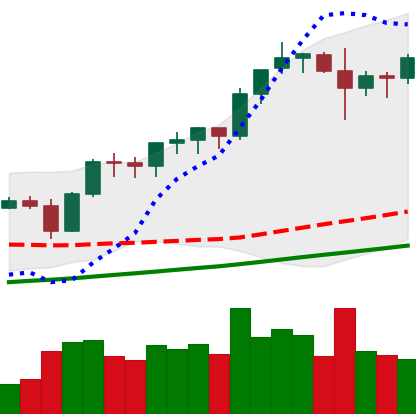
Ticker: BNB-USD
Chart end date: 2021-11-13
Forward return: -18.13%
Label: down_7plus